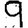
Digit: 9